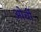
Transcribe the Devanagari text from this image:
ओर्ची